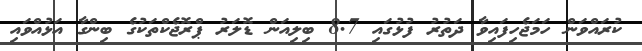
ކުރައްވަން ހަމަޖެހިފައިވާ ދަތުރު ފުޅުގައި 8.7 ބިލިއަން ޑޮލަރު ޕްރޮޖެކްތަކުގެ ބިންގާ އަޅުއްވައި